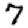
Digit: 7